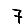
Digit: 7